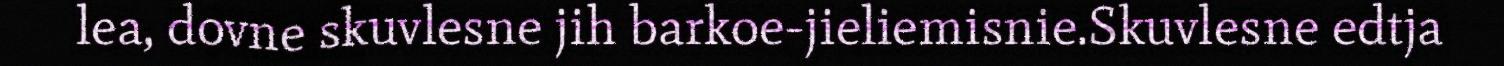
lea, dovne skuvlesne jih barkoe-jieliemisnie.Skuvlesne edtja